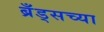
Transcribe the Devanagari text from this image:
ब्रँड्सच्या